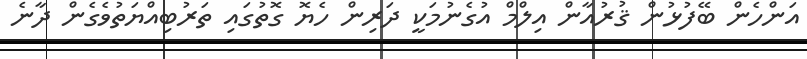
އަންހެން ބޭފުޅުން ޤުރުއާން އިލްމް އުގެނުމަކީ ދަރިން ހެޔޮ ގޮތުގައި ތަރުބިއްޔަތުވެގެން ދާނެ